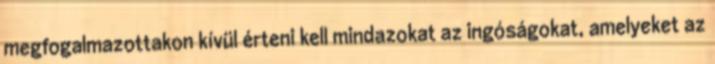
megfogalmazottakon kívül érteni kell mindazokat az ingóságokat, amelyeket az